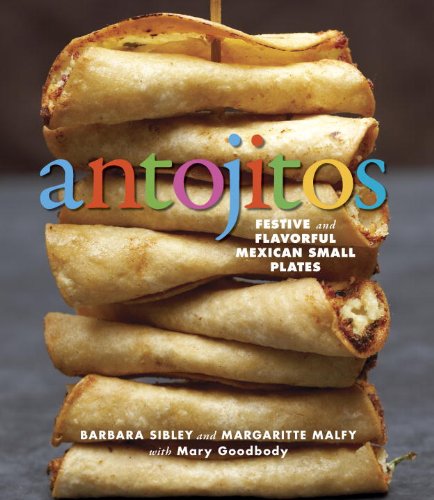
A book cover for Antojitos: Festive and Flavorful Mexican Appetizers; Barbara Sibley; Cookbooks, Food & Wine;